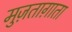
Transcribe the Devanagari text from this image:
मुज़ताग़ाता